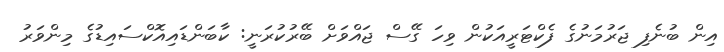
އިން ބުނެފި ޖަރުމަނުގެ ފެކްޓަރީއަކުން ވިހަ ގޭސް ޖައްވަށް ބޭރުކުރަނީ: ކާބަންޑައިއޮކްސައިޑުގެ މިންވަރު